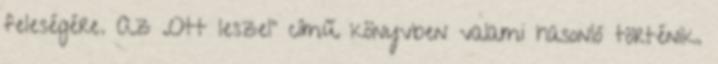
feleségére. Az „Ott leszel” című könyvben valami hasonló történik.